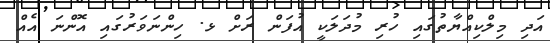
އަދި މިލްކިއްޔާތުގައި ހުރި މުދަލަކީ އުފަން ރަށް ޅ. ހިންނަވަރުގައި އޮންނަ އެއް